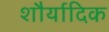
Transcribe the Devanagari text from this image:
शौर्यादिक